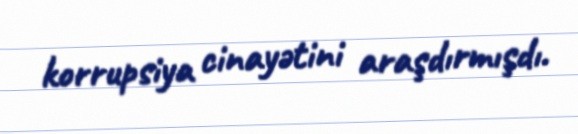
korrupsiya cinayətini araşdırmışdı.